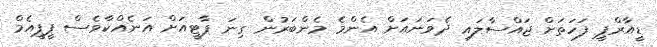
ޑީއާރްޕީ ފަހަތަށް ޖައްސާލައި ދެވަނައަށް އެންމެ މެންބަރުން ގިނަ ޕާޓީއަށް އަނެއްކާވެސް ޕީޕީއެމް